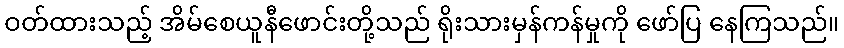
ဝတ်ထားသည့် အိမ်စေယူနီဖောင်းတို့သည် ရိုးသားမှန်ကန်မှုကို ဖော်ပြ နေကြသည်။